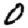
Digit: 0